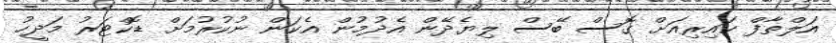
އަލްތާފް ކައިރިއަށް ގޮސް ބޭސް ލިޔެދޭން އެދުމުން އެކަން ނުކުރުމަށް ޑޮކްޓަރު މަދީހު